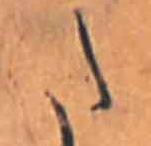
た